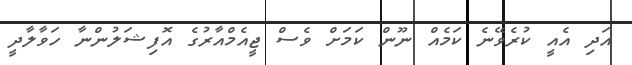
އަދި އެއީ ކުރެވޭނެ ކަމެއް ނޫން ކަމަށް ވެސް ޖީއެމްއާރުގެ އޮފިޝަލުންނާ ހަވާލާދީ